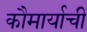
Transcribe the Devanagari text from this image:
कौमार्याची